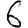
Digit: 6